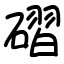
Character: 磖